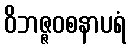
ဝိဘဇ္ဇဝစနာပရံ